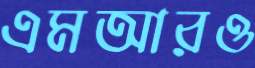
এমআরও